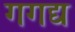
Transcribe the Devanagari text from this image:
गगद्य